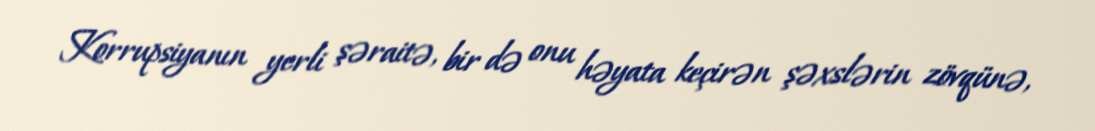
Korrupsiyanın yerli şəraitə, bir də onu həyata keçirən şəxslərin zövqünə,